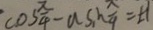
\cos \frac { \pi } { 4 } - \cos _ { 1 } h \frac { \pi } { 4 } = \pm 1